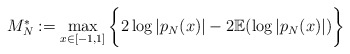
\begin{align*}M_{N}^{*} := \max_{x \in [-1,1]}\bigg\{2\log|p_{N}(x)|-2\mathbb{E}(\log|p_{N}(x)|)\bigg\} \end{align*}